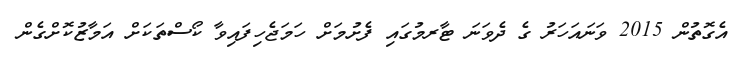
އެގޮތުން 2015 ވަނައަހަރު ގެ ދެވަނަ ޓާރމުގައި ފެށުމަށް ހަމަޖެހިފައިވާ ކޯސްތަކަށް އަމާޒުކޮށްގެން